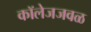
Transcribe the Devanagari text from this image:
कॉलेजजवळ